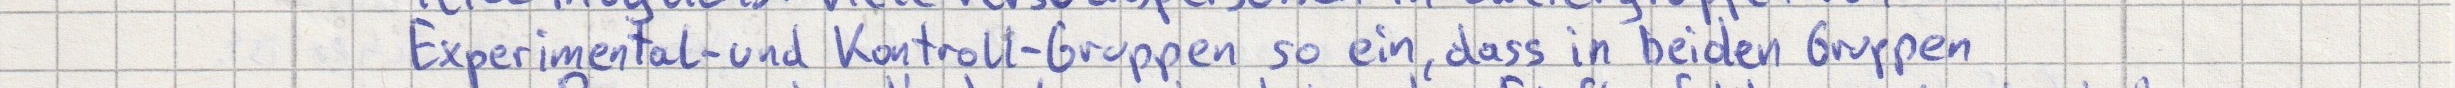
Experimental- und Kontroll-Gruppen so ein, dass in beiden Gruppen